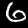
Digit: 6